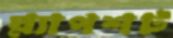
স্ন্যাপশট